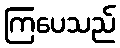
ကြပေသည်